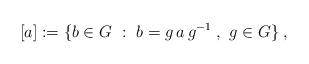
\begin{align*}[a]:=\{b\in G~:~ b=g\,a\,g^{-1}\;,~g\in G\}\;,\end{align*}